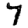
Digit: 7